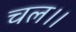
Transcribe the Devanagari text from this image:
चल।।